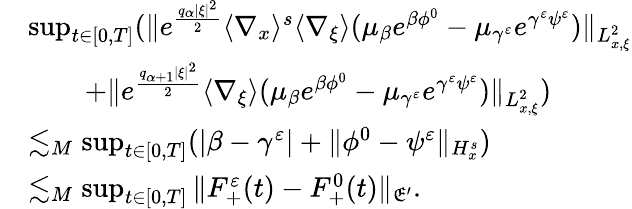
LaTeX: \begin{array}{rl}&{\operatorname*{sup}_{t\in[0,T]}(\| e^{\frac{q_{\alpha}|\xi|^{2}}{2}}\langle\nabla_{x}\rangle^{s}\langle\nabla_{\xi}\rangle(\mu_{\beta}e^{\beta\phi^{0}}-\mu_{\gamma^{\varepsilon}}e^{\gamma^{\varepsilon}\psi^{\varepsilon}})\| _{L_{x,\xi}^{2}}}\\ &{\quad\quad+\| e^{\frac{q_{\alpha+1}|\xi|^{2}}{2}}\langle\nabla_{\xi}\rangle(\mu_{\beta}e^{\beta\phi^{0}}-\mu_{\gamma^{\varepsilon}}e^{\gamma^{\varepsilon}\psi^{\varepsilon}})\| _{L_{x,\xi}^{2}})}\\ &{\lesssim_{M}\operatorname*{sup}_{t\in[0,T]}(|\beta-\gamma^{\varepsilon}|+\| \phi^{0}-\psi^{\varepsilon}\| _{H_{x}^{s}})}\\ &{\lesssim_{M}\operatorname*{sup}_{t\in[0,T]}\| F_{+}^{\varepsilon}(t)-F_{+}^{0}(t)\| _{\mathfrak E^{\prime}}.}\end{array}